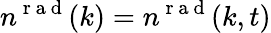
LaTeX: n^{\mathrm{~r~a~d~}}(k)=n^{\mathrm{~r~a~d~}}(k,t)